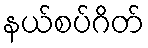
နယ်စပ်ဂိတ်